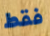
فقط